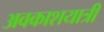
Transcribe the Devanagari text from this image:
अवकाशयात्री